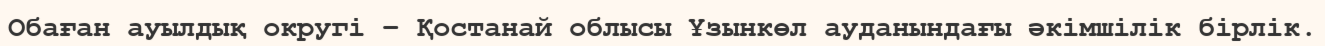
Обаған ауылдық округі – Қостанай облысы Ұзынкөл ауданындағы әкімшілік бірлік.